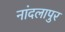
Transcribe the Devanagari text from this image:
नांदलापुर